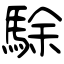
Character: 駼